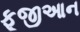
ફૂજીઆન